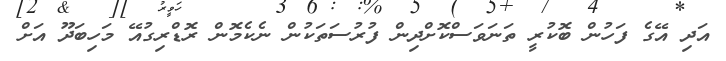
އަދި އޭގެ ފަހުން ބޮކުރީ ތަނަވަސްކޮށްދިން ފުރުސަތަކުން ނެކެމޮން ރޮޑްރިގުއޭ މަހިބަދޫ އަށް